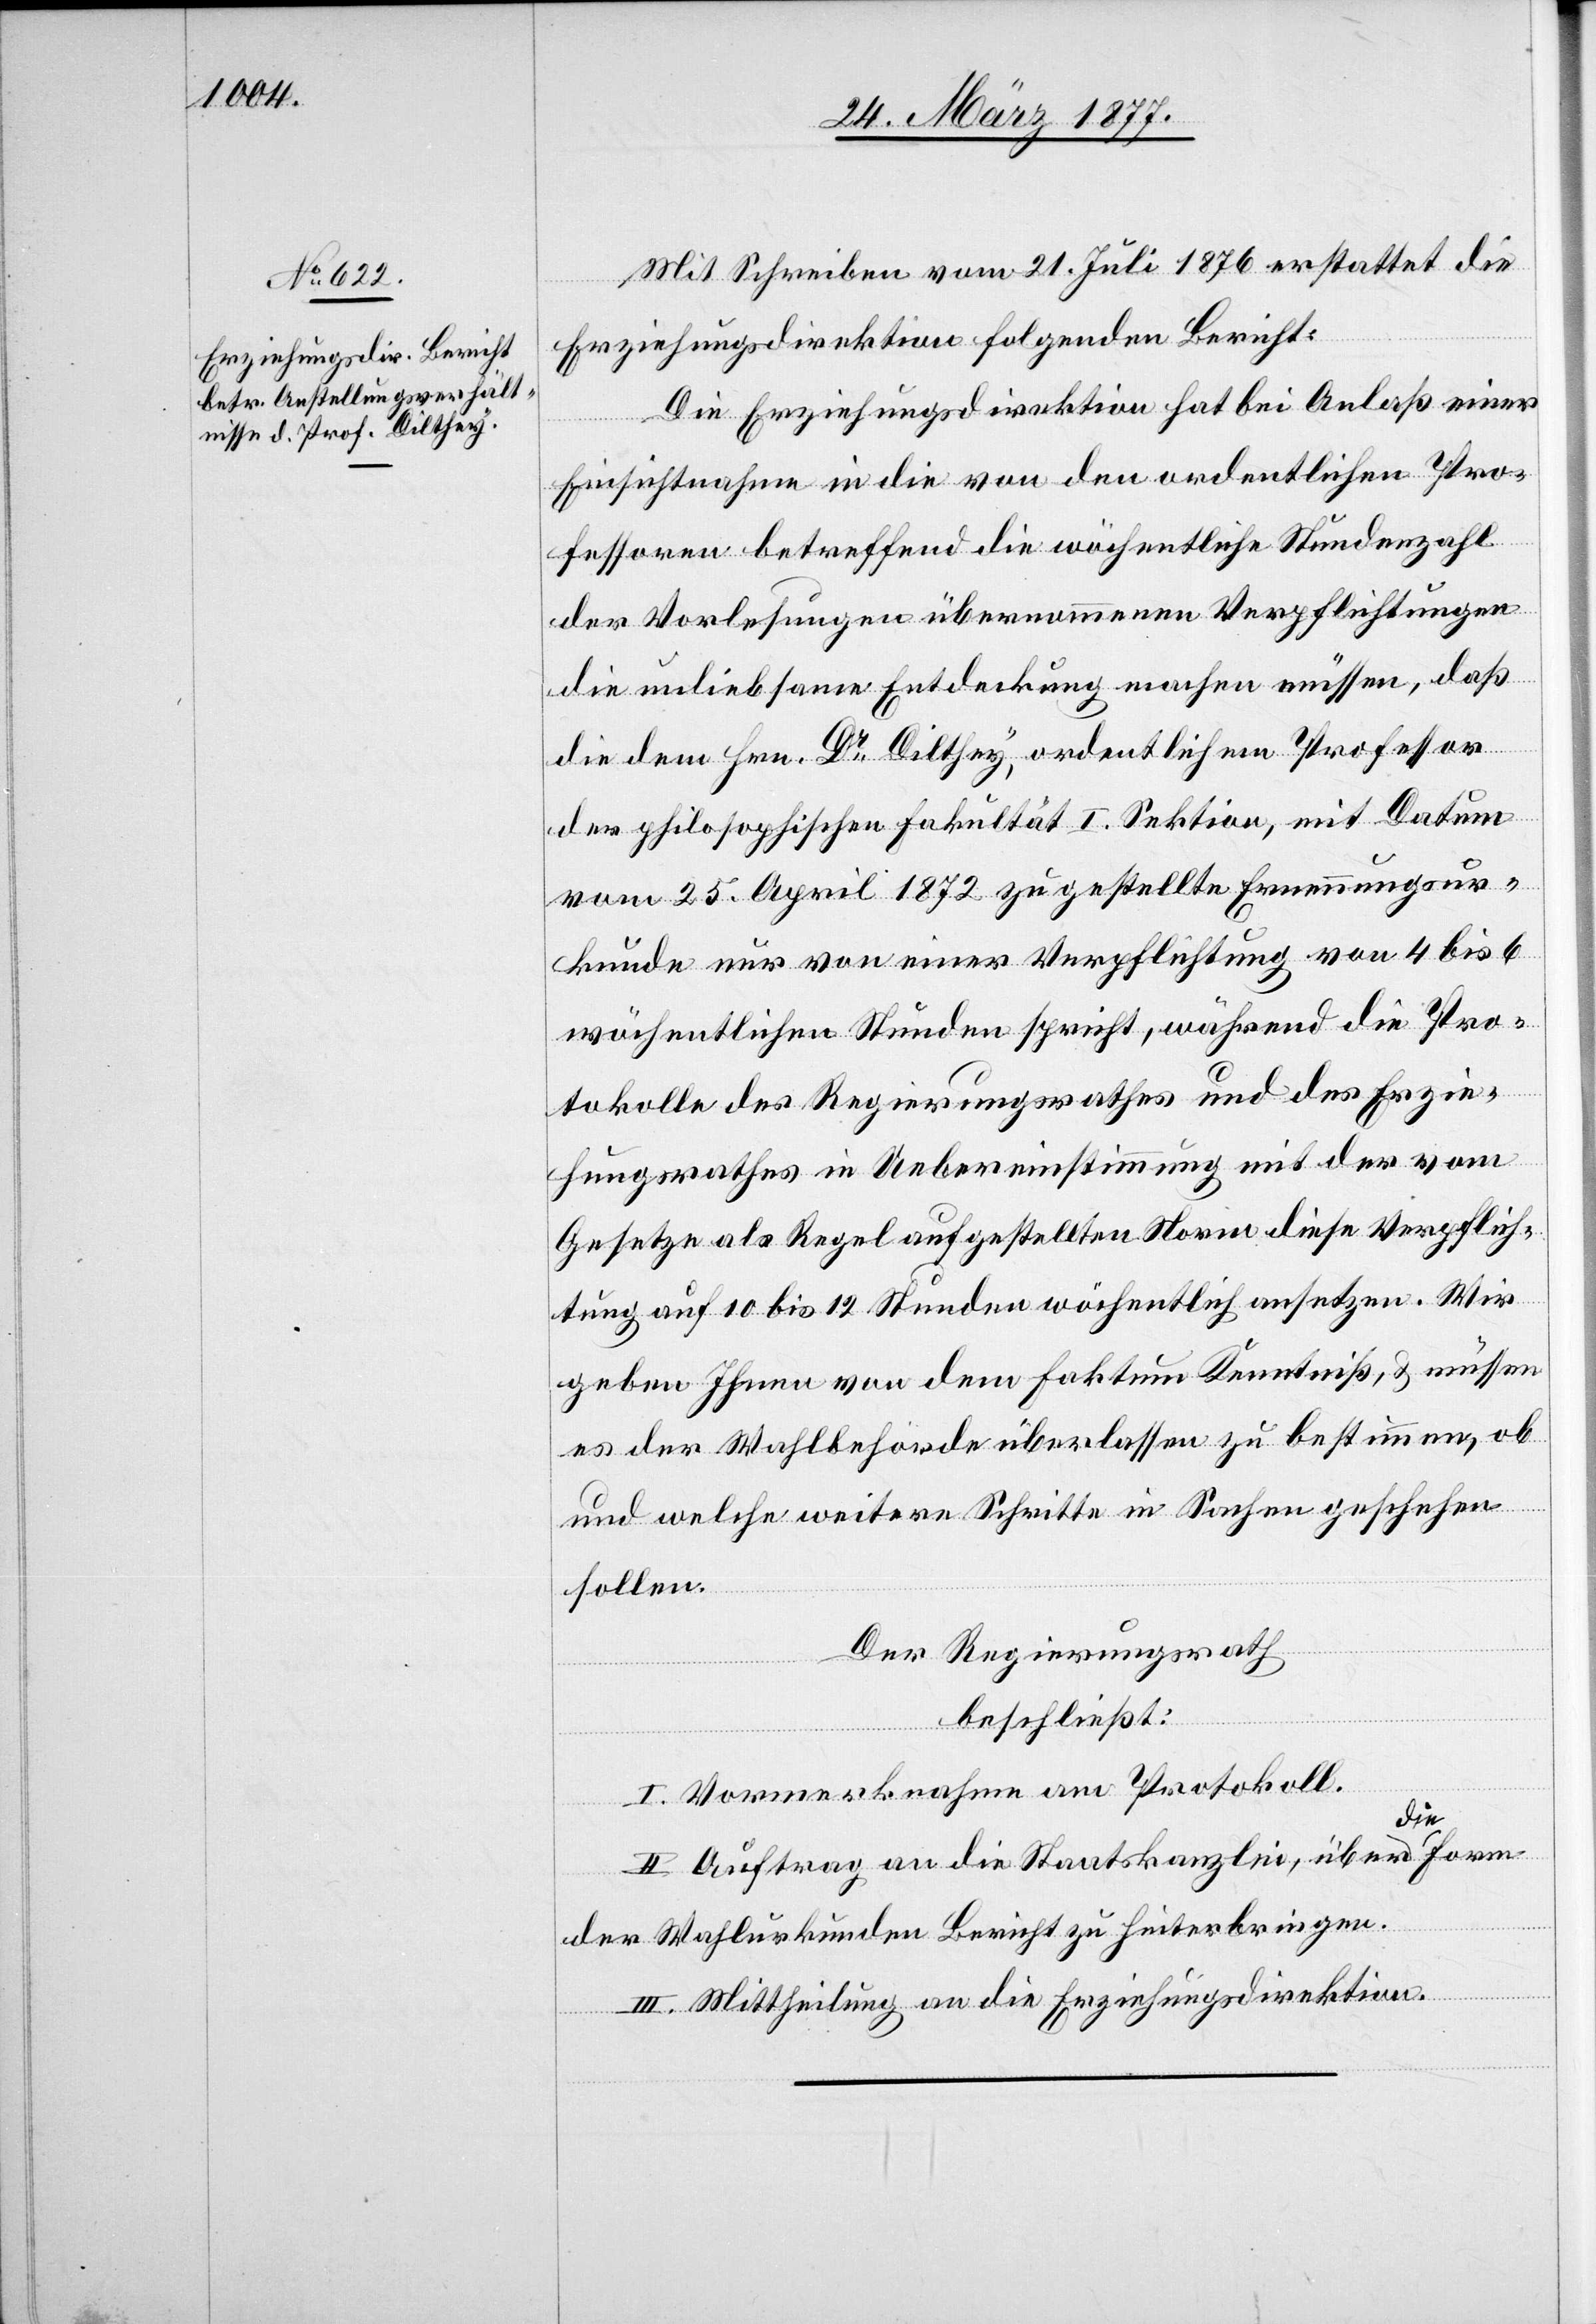
Mit Schreiben vom 21. Juli 1876 erstattet die
Erziehungsdirektion folgenden Bericht:
Die Erziehungsdirektion hat bei Anlaß einer
Einsichtnahme in die von den ordentlichen Pro¬
fessoren betreffend die wöchentliche Stundenzahl
der Vorlesungen übernommenen Verpflichtungen
die unliebsame Entdeckung machen müssen, daß
die dem Hrn. Dr Dilthey, ordentlichem Professor
der philosophischen Fakultät I. Sektion, mit Datum
vom 25. April 1872 zugestellte Ernennungsur¬
kunde nur von einer Verpflichtung von 4 bis 6
wöchentlichen Stunden spricht, während die Pro¬
tokolle des Regierungsrathes und des Erzie¬
hungsrathes in Uebereinstimmung mit der vom
Gesetze als Regel aufgestellten Norm diese Verpflich¬
tung auf 10 bis 12 Stunden wöchentlich ansetzen. Wir
geben Ihnen von dem Faktum Kenntniß, & müssen
es der Wahlbehörde überlassen zu bestimmen, ob
und welche weitern Schritte in Sachen geschehen
sollen.
Der Regierungsrath
beschließt:
I. Vormerknahme am Protokoll.
II. Auftrag an die Staatskanzlei, über die
der Wahlurkunden Bericht zu hinterbringen.
III. Mittheilung an die Erziehungsdirektion.